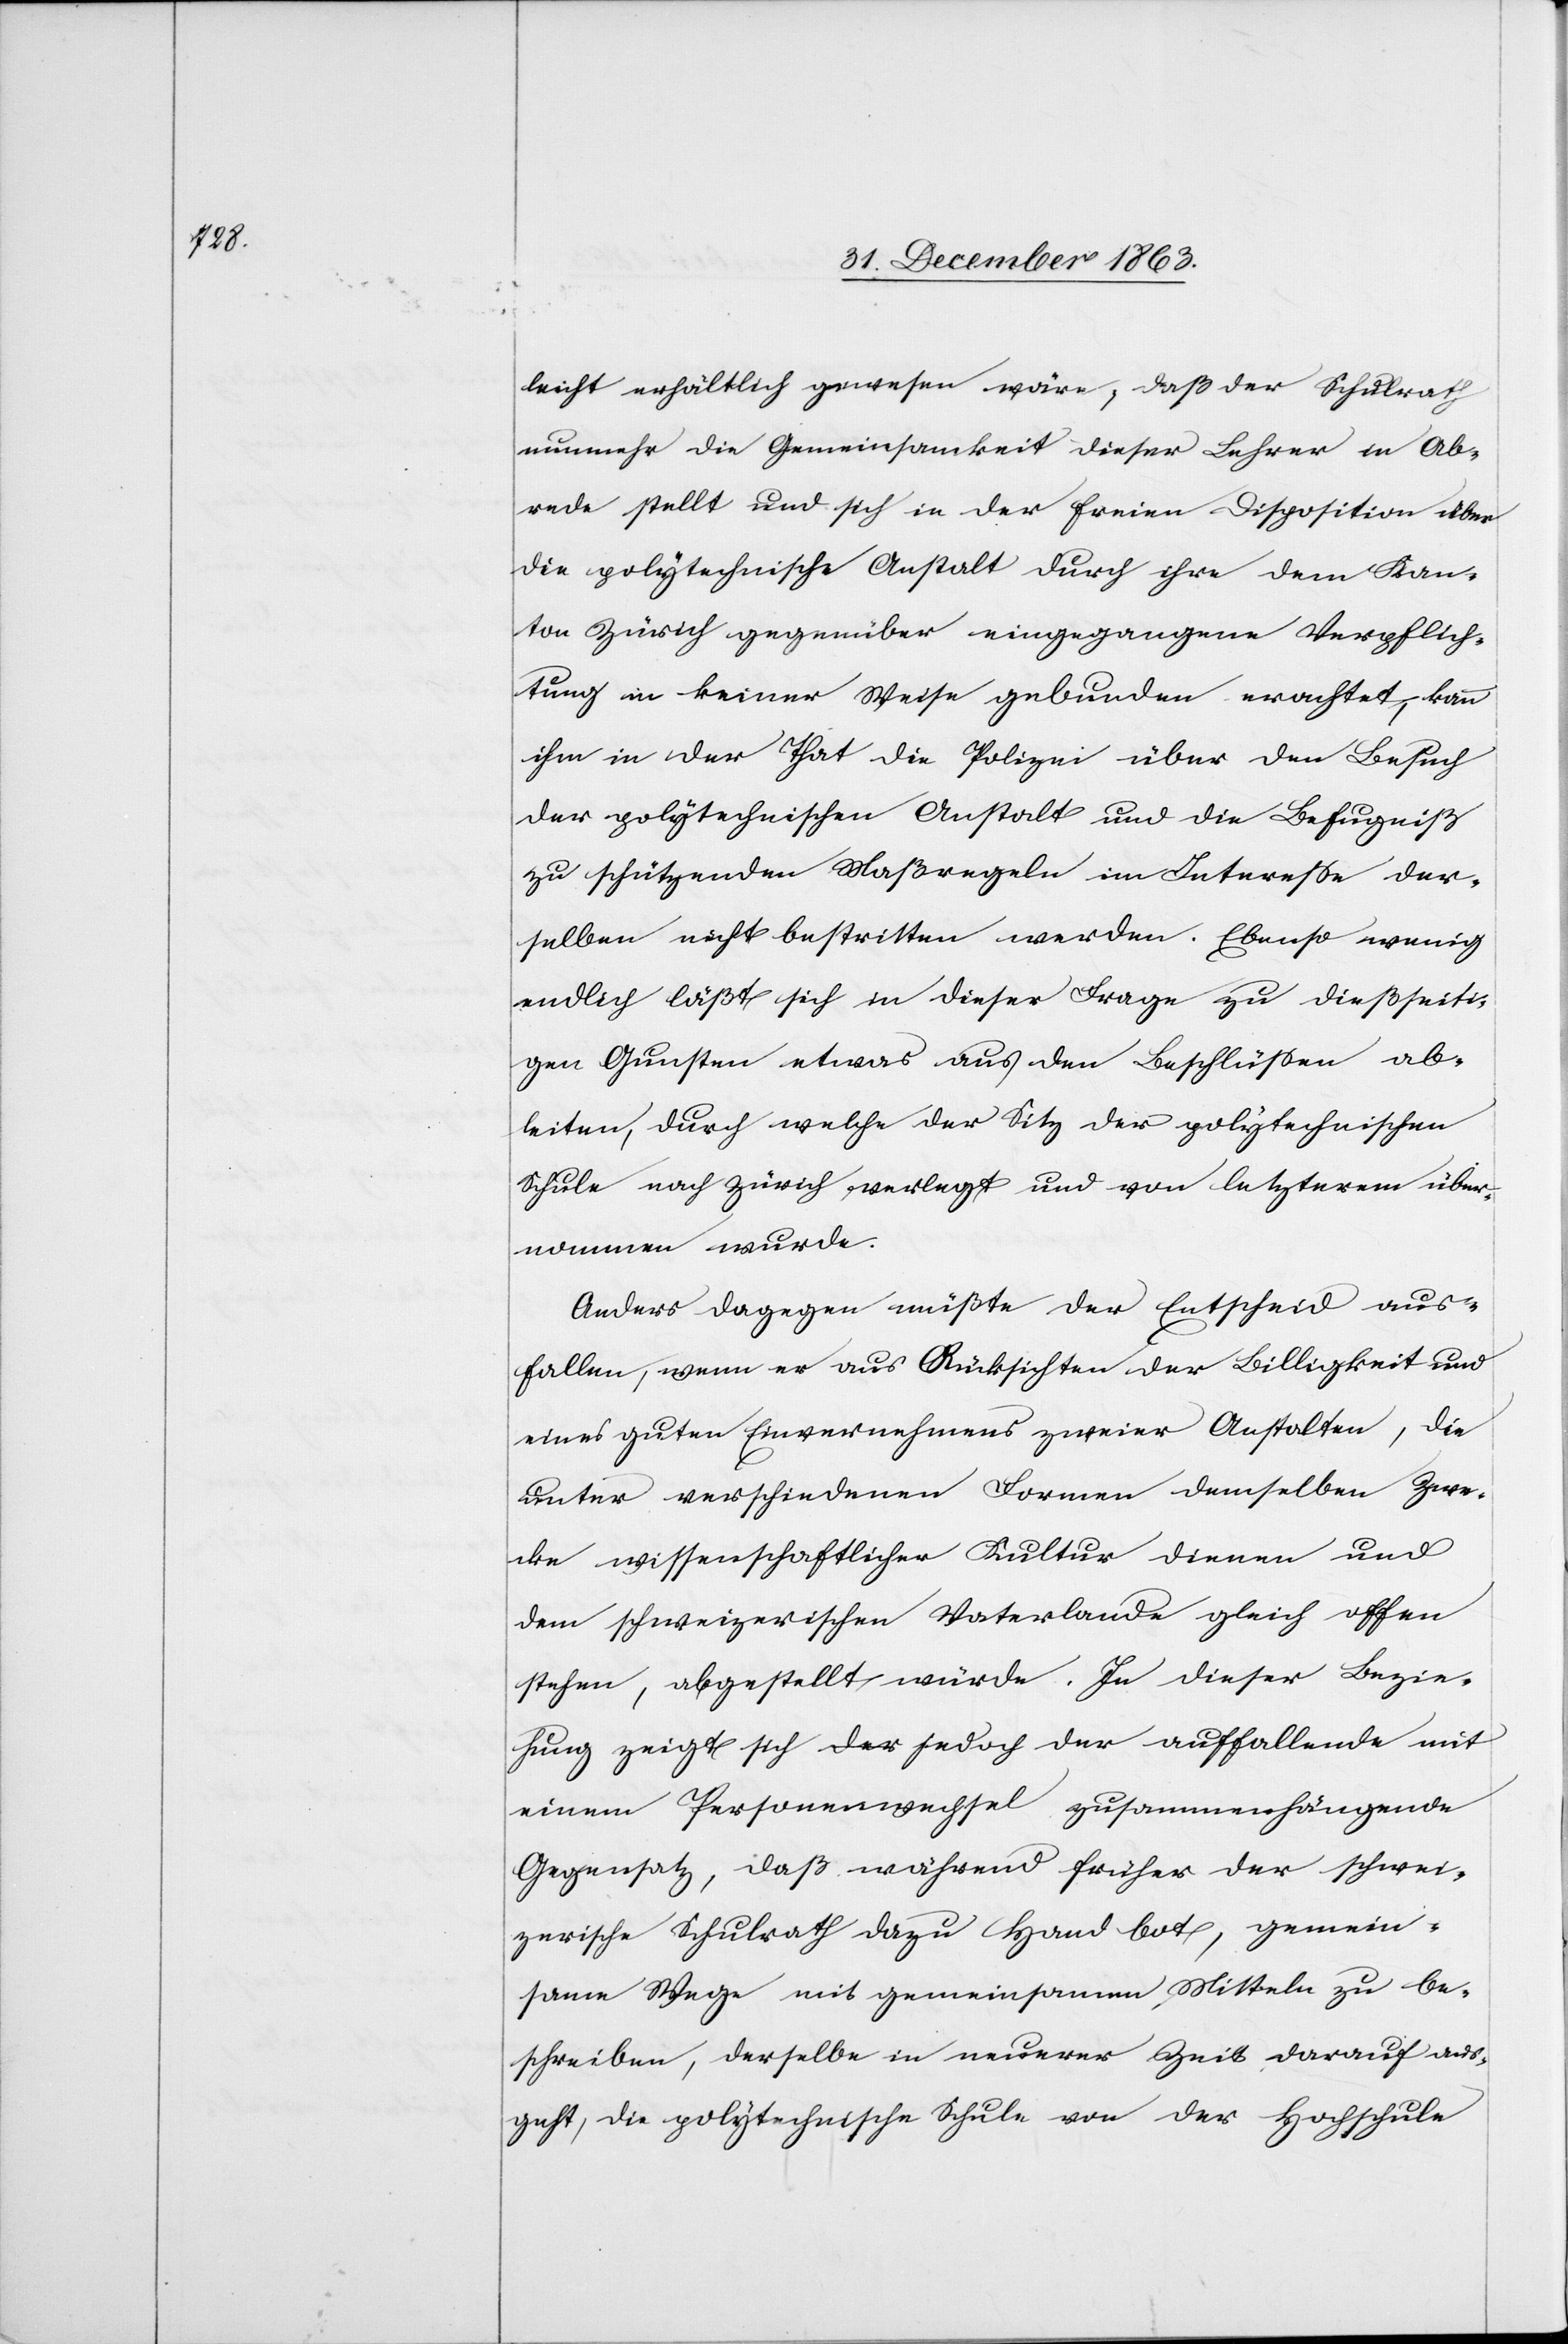
leicht erhältlich gewesen wäre; daß der Schulrath
nunmehr die Gemeinsamkeit dieser Lehrer in Ab¬
rede stellt und sich in der freien Disposition über
die polytechnische Anstalt durch ihre dem Kan¬
ton Zürich gegenüber eingegangene Verpflich¬
tung in keiner Weise gebunden erachtet, kann
ihm in der That die Polizei über den Besuch
der polytechnischen Anstalt und die Befugniß
zu schützenden Maßregeln im Interesse der¬
selben nicht bestritten werden. Ebenso wenig
endlich läßt sich in dieser Frage zu dießseiti¬
gen Gunsten etwas aus den Beschlüssen ab¬
leiten, durch welche der Sitz der polytechnischen
Schule nach Zürich verlegt und von letzterem über¬
nommen wurde.
Anders dagegen müßte der Entscheid aus¬
fallen, wenn er aus Rücksichten der Billigkeit und
eines guten Einvernehmens zweier Anstalten, die
unter verschiedenen Formen demselben Zwe¬
cke wissenschaftlicher Kultur dienen und
dem schweizerischen Vaterlande gleich offen
stehen, abgestellt würde. In dieser Bezie¬
hung zeigt sich jedoch der auffallende mit
einem Personenwechsel zusammenhängende
Gegensatz, daß während früher der schwei¬
zerische Schulrath dazu Hand bot, gemein¬
same Wege mit gemeinsamen Mitteln zu be¬
schreiben, derselbe in neuerer Zeit darauf aus¬
geht, die polytechnische Schule von der Hochschule